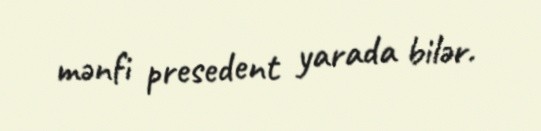
mənfi presedent yarada bilər.